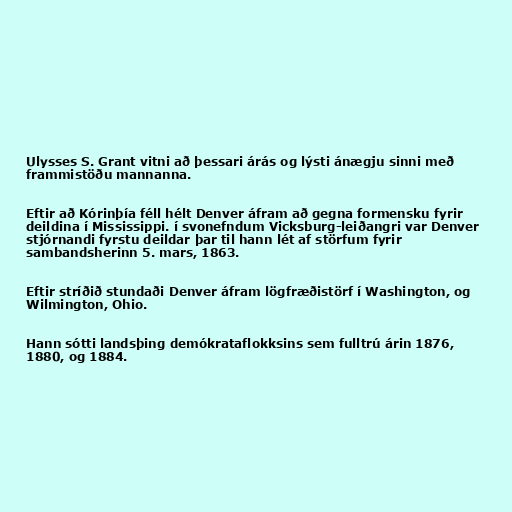
Ulysses S. Grant vitni að þessari árás og lýsti ánægju sinni með
frammistöðu mannanna.

Eftir að Kórinþía féll hélt Denver áfram að gegna formensku fyrir
deildina í Mississippi. í svonefndum Vicksburg-leiðangri var Denver
stjórnandi fyrstu deildar þar til hann lét af störfum fyrir
sambandsherinn 5. mars, 1863.

Eftir stríðið stundaði Denver áfram lögfræðistörf í Washington, og
Wilmington, Ohio.

Hann sótti landsþing demókrataflokksins sem fulltrú árin 1876,
1880, og 1884.